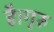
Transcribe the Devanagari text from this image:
है।गुरु